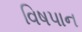
વિષપાન